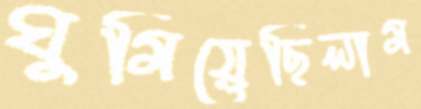
ঘুমিয়েছিলাম